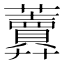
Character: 𧅎